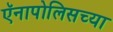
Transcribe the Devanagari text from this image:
ऍनापोलिसच्या